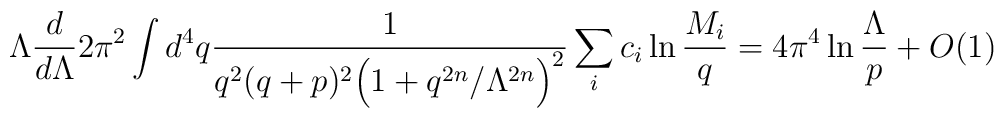
\Lambda \frac{d}{d\Lambda}2\pi^2\int d^4q \frac{1}{q^2 (q+p)^2\Big(1+q^{2n}/\Lambda^{2n}\Big)^2}\sum\limits_i c_i \ln\frac{M_i}{q}= 4\pi^4 \ln \frac{\Lambda}{p} + O(1)